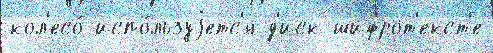
кол'есо́ испо́льзуjетс'я д'иск шифрот'екст'е